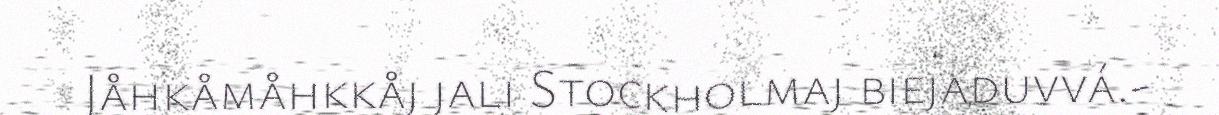
Jåhkåmåhkkåj jali Stockholmaj biejaduvvá.-